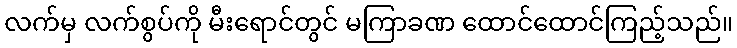
လက်မှ လက်စွပ်ကို မီးရောင်တွင် မကြာခဏ ထောင်ထောင်ကြည့်သည်။